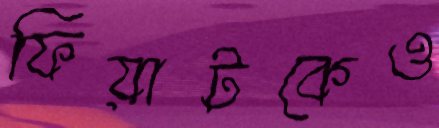
ফিয়াটকেও